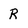
Character: R